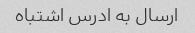
ارسال به ادرس اشتباه